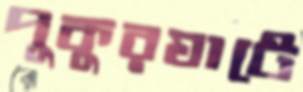
পুকুরঘাটে